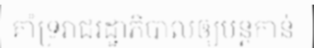
គាំទ្ររាជរដ្ឋាភិបាលឲ្យបន្តកាន់